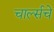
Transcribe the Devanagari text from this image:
चार्ल्सचे